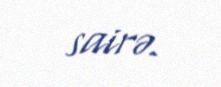
sairə.